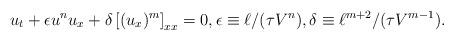
LaTeX: \begin{align*}u_t + \epsilon u^{n}u_x + \delta \left[(u_x)^{m}\right]_{xx} = 0,\epsilon \equiv \ell/(\tau V^{n}),\delta \equiv \ell^{m+2}/(\tau V^{m-1}).\end{align*}